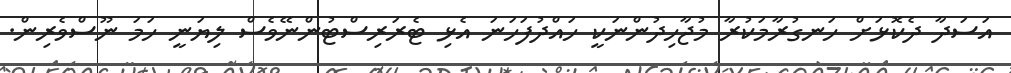
އަސަދާ ދެކޮޅަށް ހަނގުރާމަކުރާ މުޖާހިދުންނަކީ ހައްދުފަހަނަ އެޅި ޓެރަރިސްޓުންނޭވެސް ލިޔަނީ ހަމަ ނޫސްވެރިން.